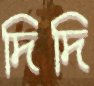
দিদি